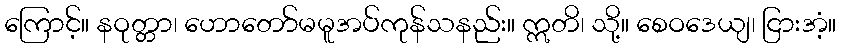
ကြောင့်။ နဝုတ္တာ၊ ဟောတော်မမူအပ်ကုန်သနည်း။ ဣတိ၊ သို့။ စေဝဒေယျ၊ ငြားအံ့။